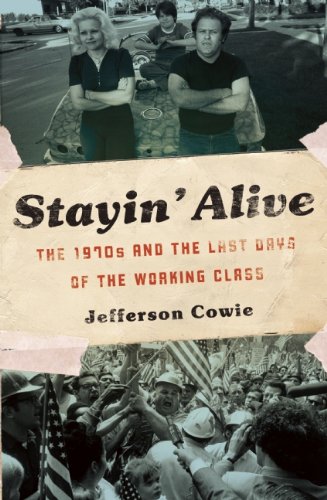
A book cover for StayinEE Alive: The 1970s and the Last Days of the Working Class; Jefferson R. Cowie; Politics & Social Sciences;